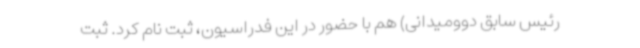
رئیس سابق دوومیدانی) هم با حضور در این فدراسیون، ثبت نام کرد. ثبت